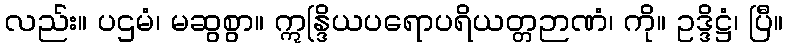
လည်း။ ပဌမံ၊ မဆွစွာ။ ဣန္ဒြိယပရောပရိယတ္တဉာဏံ၊ ကို။ ဥဒ္ဒိဋ္ဌံ၊ ပြီ။